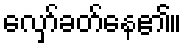
လှော်ခတ်နေ၏။